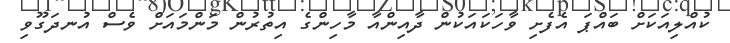
ކުއްލިއަކަށް ބައްޕަ އެފެށި ވާހަކައަކުން ދާއިންއާ މާހިންގެ އިތުރުން މަންމައަށް ވެސް އުނދަގޫވި